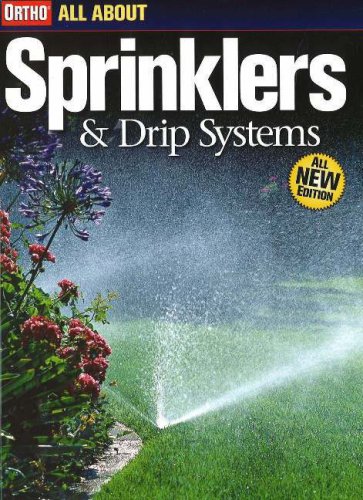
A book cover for All About Sprinklers & Drip Systems; Ortho; Crafts, Hobbies & Home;